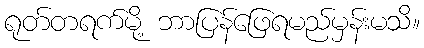
ရုတ်တရက်မို့ ဘာပြန်ဖြေရမည်မှန်းမသိ။